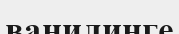
ванилинге